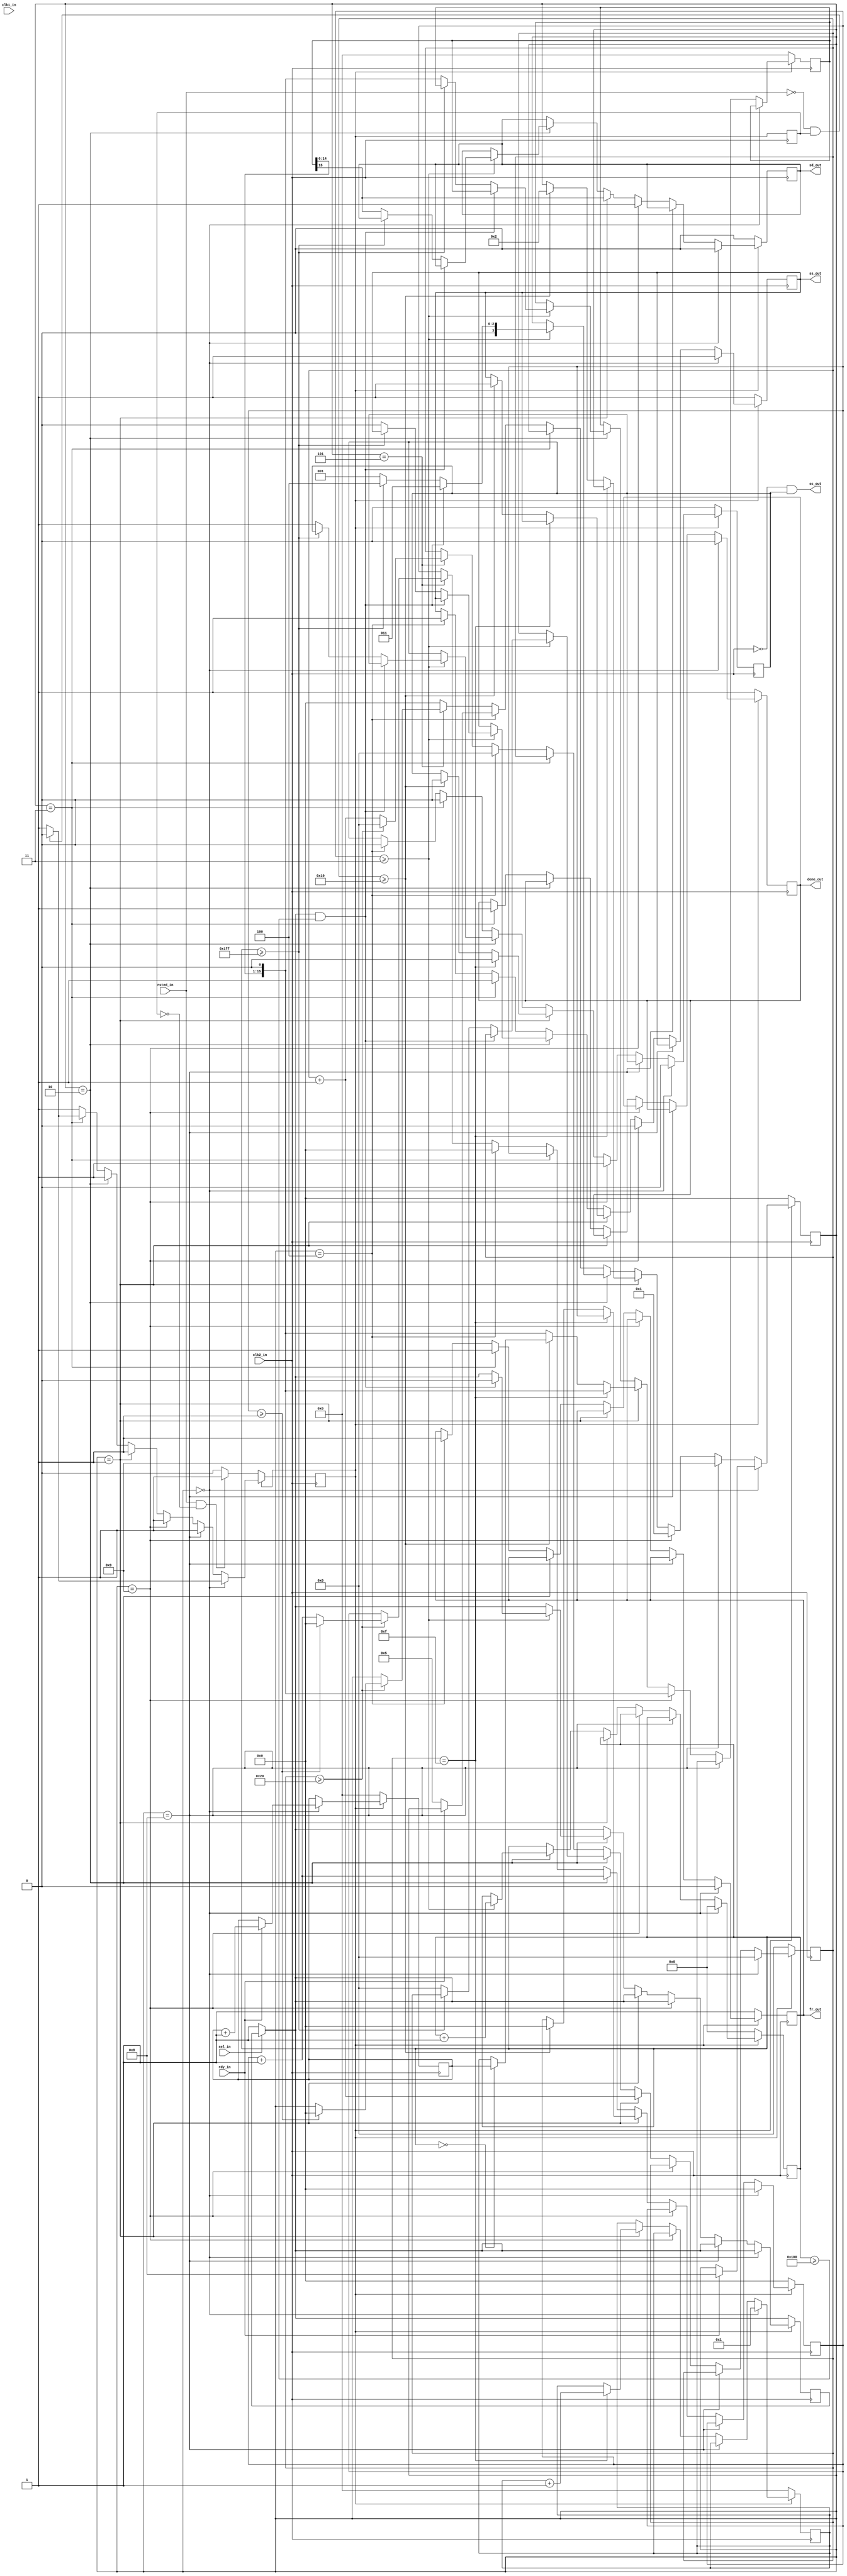

module sample_spi_gen_counter(rsted_in, clk1_in, sel_in, clk2_in, rdy_in, ss_out, sc_out, sd_out, fr_out, done_out);
	input rsted_in, clk1_in, clk2_in, sel_in, rdy_in;
	output ss_out, sc_out, sd_out, fr_out, done_out;
	/* 
		clk1 is 1/4 period ahead of clk2. everything sync to rising-edge of clk2, 
		except HD sync to rising-edge of clk1. a line will be linelen clock long. 
		the HD-rising is at 1/4 clock before the fist pixel data. and the HD-falling 
		is 1/4 clock before the last pixel trailing edge. 
		before the first pixel in a line, it needs about 3 or 2 more cycles to 
		form the SAV sync code, plus 4 cycles for the sync code. same for the EAV code. 
		for frame/field sync, it requres the same amount of cycles to form the code. 
	 */
	
	reg rstd_state, rstd_last; // used to detect a rstd_in falling-edge
	reg ss_out, sd_out;
	wire sc_out;
	reg fr_out;
	reg done_out;
	reg [7:0] pixels_out;	// pixel value
	reg [29:0] counts;		// pixel count in a frame
	reg [29:0] counts_copy;
	reg [13:0] pix_count;
	reg [3:0] gap_count;
	reg [9:0] line_count;
	reg [3:0] state;
	reg [15:0] pixel_word;
	reg [15:0] pixel_word_shift;
	reg sc_mask;
	reg sel_short;
	
	reg [15:0] repeat_count;
	
	initial begin
		rstd_state = 1'b0;
		ss_out = 1'b1;
		sd_out = 1'b0;
		counts = 30'b0;
		counts_copy = 30'b0;
		pix_count = 14'b0;
		gap_count = 4'b0;
		line_count = 10'b0;
		state = 4'b0;
		pixel_word = 16'b0;
		pixel_word_shift = 16'b0;
		sc_mask = 1'b0;
		sel_short = 1'b0;
		fr_out = 1'b1;
		done_out = 1'b1;
		repeat_count = 16'b0;
	end
	
	// linelen 1280 by lines 720 is 921600 pixels. will do 720 * 2 lines or 1.8432M bits. 
	parameter linelen  = 16; // word size 16 bits
	parameter lines = 512;   // 512 words, or 1024 bytes
	parameter gaplen = 4;
	parameter repeates = 6;  // 6 full packets followed by 1 partial packet
	
	always @(posedge clk1_in)
	begin
		if ( rstd_state == 1'b1 )
			counts <= counts + 1;
		else
			counts <= 30'b0;
	end
	
	assign sc_out = (~clk2_in & sc_mask);
	
	always @(posedge clk2_in)
	begin
		counts_copy <= counts;
		if (sel_in == 1'b0 )
			sel_short = 1'b1;
	
		rstd_last <= rstd_state;
		if ( rstd_state == 1'b0 ) begin
			if ( rsted_in == 1'b1 && rstd_last == 1'b0 )
				rstd_state <= 1'b1;
			
			ss_out <= 1'b1;
			sd_out <= 1'b0;
			counts_copy <= 30'b0;
			pix_count <= 14'b0;
			gap_count <= 4'b0;
			line_count <= 10'b0;
			state <= 4'b0;
			pixel_word <= 16'b0;
			pixel_word_shift <= 16'b0;
			sc_mask <= 1'b0;
			
			fr_out <= 1'b1;
			done_out <= 1'b1;
			repeat_count <= 16'b0;
			
		end else begin
			
			if ( state == 0 ) begin // begin
				ss_out <= 1'b1;
				pixel_word <= 16'b1; // data init to 1
				pix_count <= 14'b0;
				gap_count <= 4'b0;
				line_count <= 10'b0;
				sc_mask <= 1'b0;
				fr_out <= 1'b0;
				done_out <= 1'b0;
				
				sd_out <= 1'b0;
				if ( rdy_in == 1'b1 ) begin
					state <= 4'h8; 
					repeat_count <= repeat_count + 1;
				end

				if ( rsted_in == 1'b0 && rstd_last == 1'b1 )
					rstd_state <= 1'b0;
				
			end else if ( state == 8 ) begin // pre-1 1/2
				pixel_word_shift <= pixel_word;
				state <= 4'h9;
			end else if ( state == 9 ) begin // pre-1 2/2
				pixel_word_shift <= (pixel_word_shift << 1);
				//sd_out <= pixel_word_shift[15];
				sd_out <= 1'b1; // send first bit 1
				ss_out <= 1'b0;
				sc_mask <= 1'b1;
				state <= 4'h1;
				
			end else if ( state == 1 ) begin // line
				pix_count <= pix_count + 1;
				
				pixel_word_shift <= (pixel_word_shift << 1);
				sd_out <= pixel_word_shift[15];
				
				if ( pix_count == linelen - 1 ) begin // last bit in a word
					pixel_word <= pixel_word + 1; // new data
					sc_mask <= 1'b0;
				end else if ( pix_count >= linelen ) begin // extend 1 bit time
					if (line_count == 0)
						pixel_word_shift <= repeat_count; // load new data to shifter
					else
						pixel_word_shift <= pixel_word; // load new data to shifter
					state <= 4'h2;
					gap_count <= 4'b0;
					ss_out <= 1'b1;
					sc_mask <= 1'b0;
				end
			end else if ( state == 2 ) begin // gap
				gap_count <= gap_count + 1;
				if (gaplen < 1 || gap_count >= gaplen - 1) begin // at the last clock of gap
				   line_count <= line_count + 1;
					if ( sel_short == 1'b1 && line_count >= lines/2 ) begin // finish a partial packet
						sel_short <= 1'b0;
						state <= 4'h3;
					end else if (lines < 1 || line_count >= lines - 1) begin // finished the last line
					   state <= 4'h4; // jump to repeat
					end else begin // next line
						pixel_word_shift <= (pixel_word_shift << 1);
						sd_out <= pixel_word_shift[15];
						ss_out <= 1'b0;
						state <= 4'h1;
						pix_count <= 14'b0;
						sc_mask <= 1'b1;
					end
				end
			end else if ( state == 3 ) begin // out
				
				ss_out <= 1'b1;
				sc_mask <= 1'b0;
				pixels_out <= {1'b1, pixels_out[2:0], state};
				fr_out <= 1'b1;
				done_out <= 1'b1;
				
				if ( rsted_in == 1'b0 && rstd_last == 1'b1 )
					rstd_state <= 1'b0;
			end else if ( state == 4 ) begin // repeat
				ss_out <= 1'b1;
				sc_mask <= 1'b0;
				fr_out <= 1'b1;
				if (repeat_count >= repeates) begin
					//sel_short = 1'b1;
				end
				pix_count <= 14'b0;
				gap_count <= 4'b0;
				if ( rdy_in == 1'b0 ) begin
					state <= 4'h5;
				end
			end else if ( state == 5 ) begin // repeat
				pix_count <= pix_count + 1;
				//if (pix_count >= 14'h3ff0) begin // 2.5MHz about 6.4ms
				if (pix_count >= 14'h20) begin
					gap_count <= gap_count + 1;
					pix_count <= 14'b0;
					if (gap_count >= 1) begin // 0=6.4ms; 1=12.8ms; 2=19.2ms
						gap_count <= 4'b0;
						state <= 4'h0;
					end
				end
					
			end else begin // unspecified
				state <= 4'h0;
			end

			//syncword <= {1'b1, fvh_fvh, fvh_p};
			//fvh_fvh <= {fvh_f, fvh_v, fvh_h};
			
		end // rst
	end
endmodule